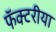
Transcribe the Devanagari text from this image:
फॅक्टरीया